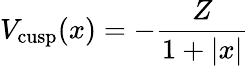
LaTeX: V_{\mathrm{cusp}}(x)=-\frac{Z}{1+|x|}